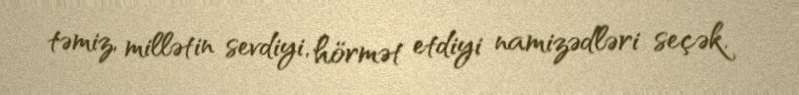
təmiz, millətin sevdiyi, hörmət etdiyi namizədləri seçək.